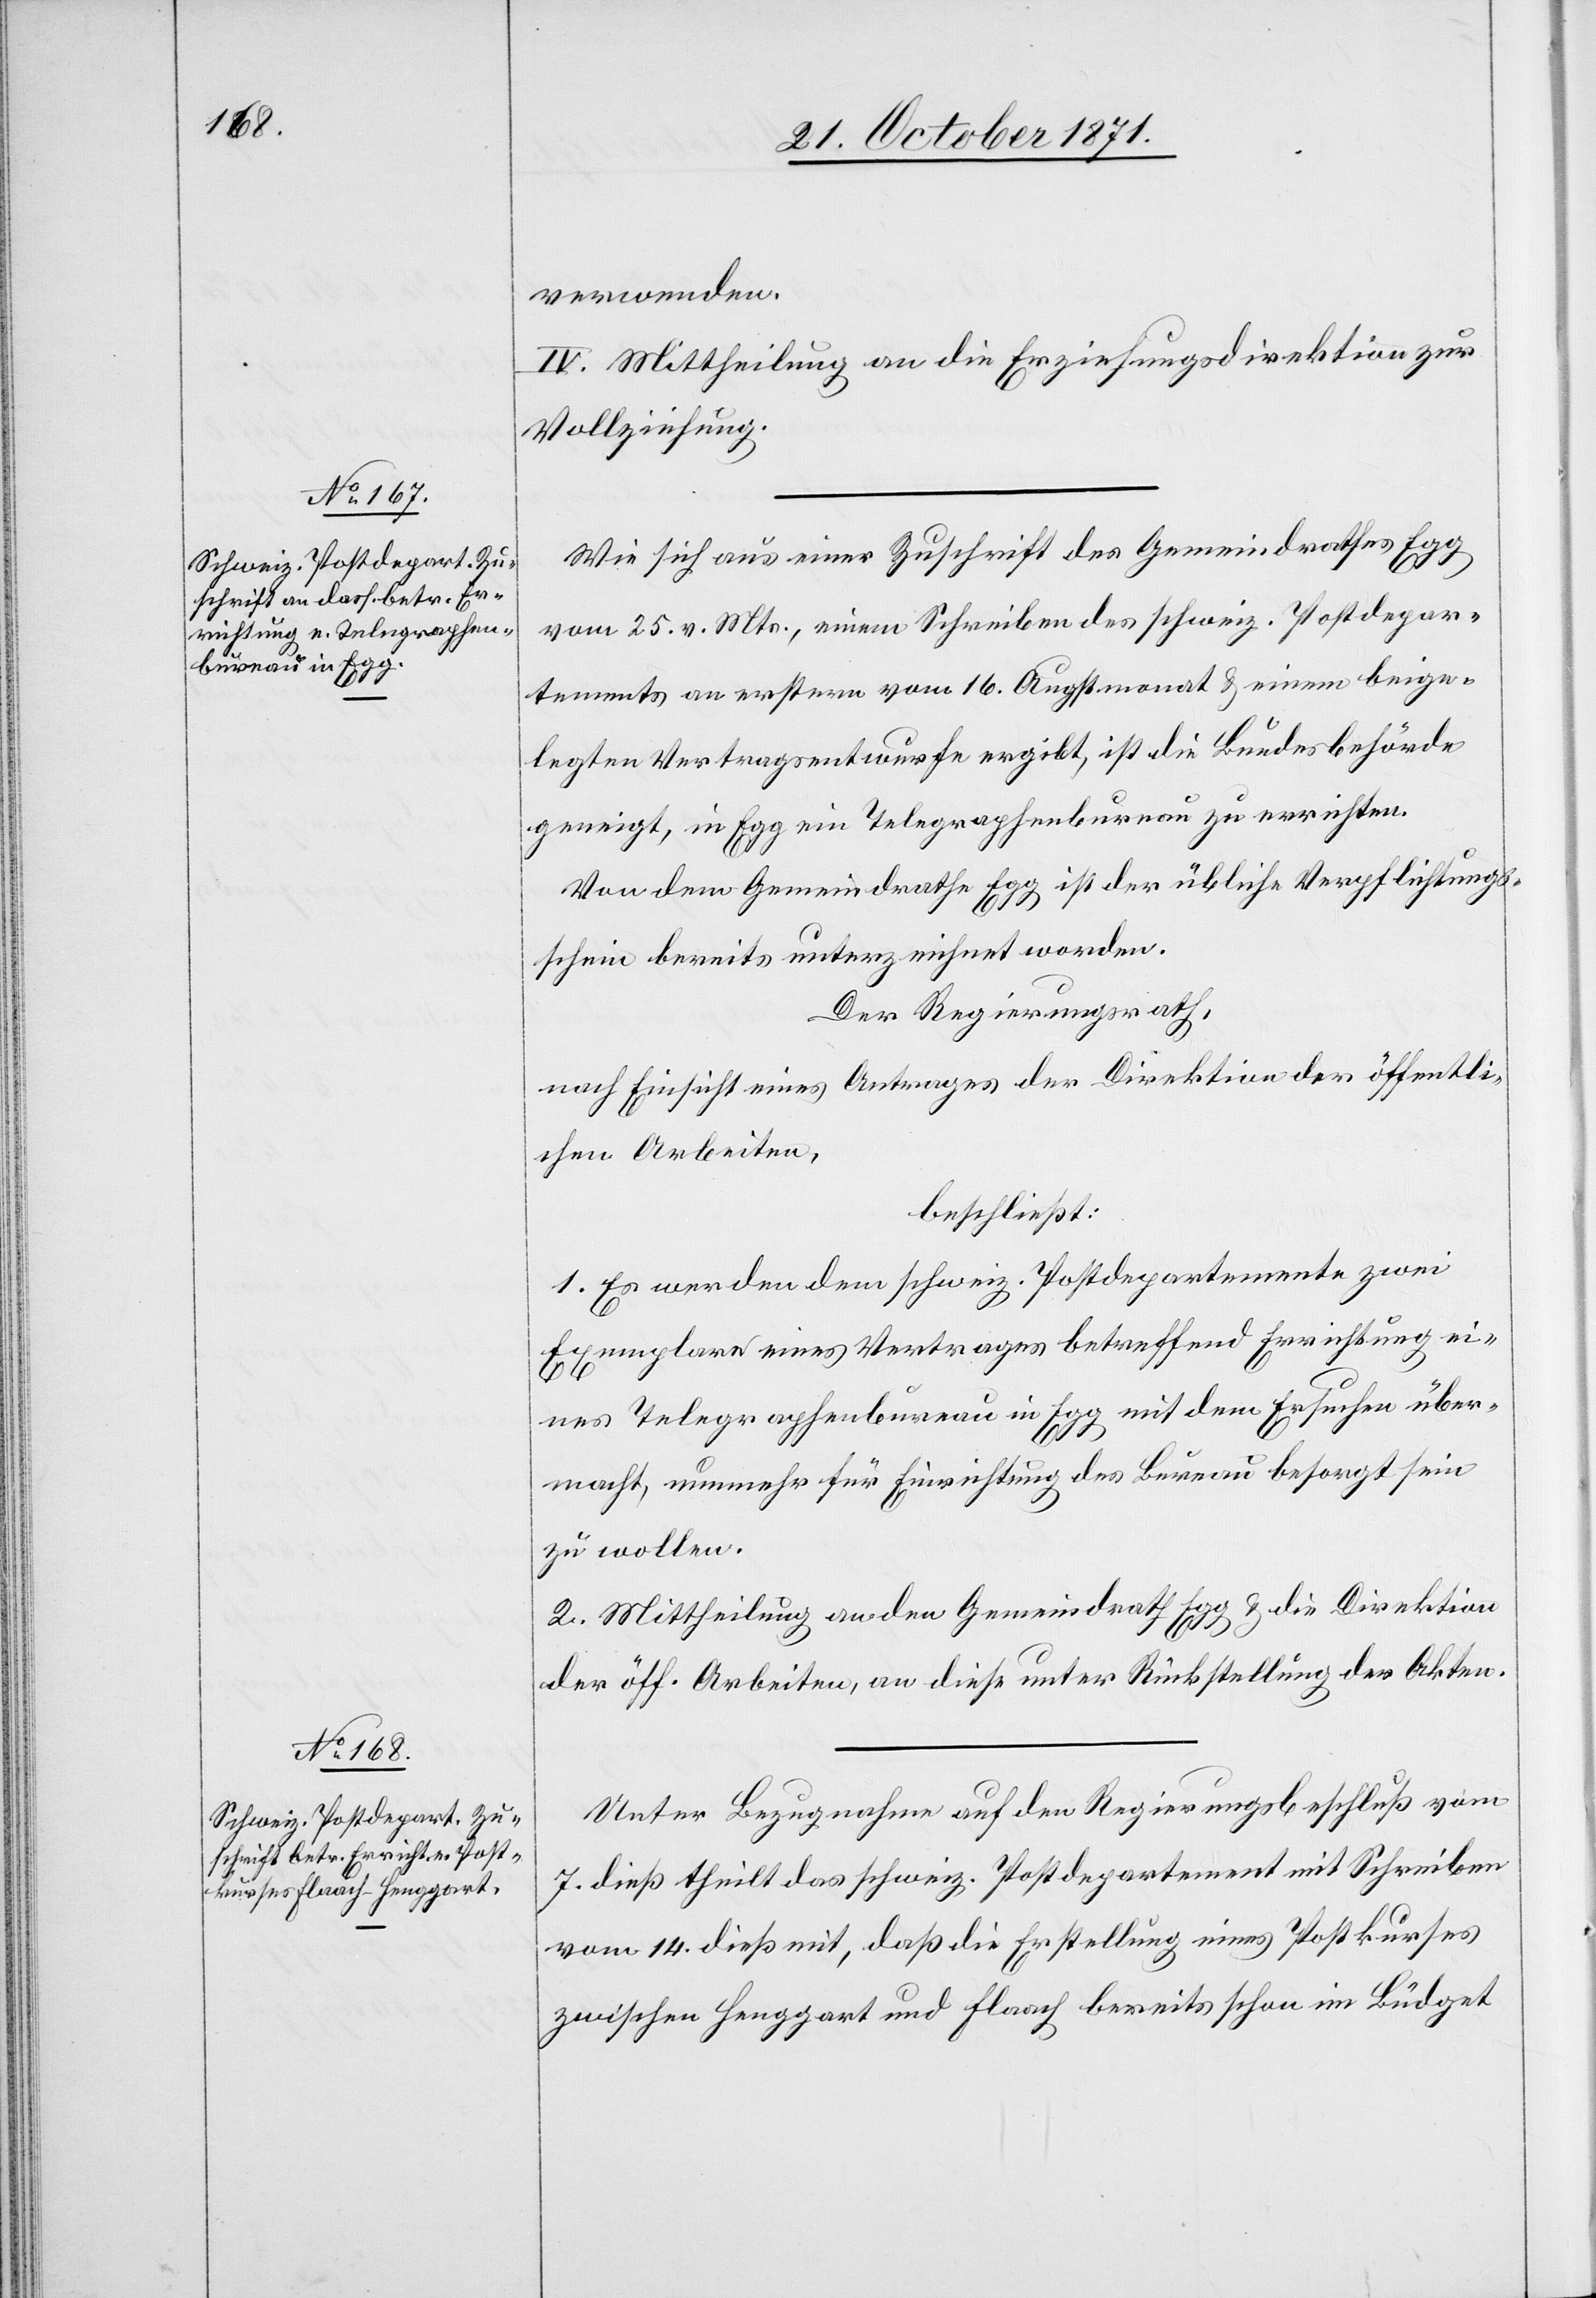
verwenden.
IV. Mittheilung an die Erziehungsdirektion zur
Vollziehung.
Wie sich aus einer Zuschrift des Gemeindrathes Egg
vom 25. v. Mts., einem Schreiben des schweiz. Postdepar¬
tements an erstern vom 16. Augstmonat & einem beige¬
legten Vertragsentwurfe ergibt, ist die Bundesbehörde
geneigt, in Egg ein Telegraphenbureau zu errichten.
Von dem Gemeindrathe Egg ist der übliche Verpflichtungs¬
schein bereits unterzeichnet worden.
Der Regierungsrath,
nach Einsicht eines Antrages der Direktion der öffentli¬
chen Arbeiten,
beschließt:
1. Es werden dem schweiz. Postdepartemente zwei
Exemplare eines Vertrages betreffend Errichtung ei¬
nes Telegraphenbureau in Egg mit dem Ersuchen über¬
macht, nunmehr für Einrichtung des Bureau besorgt sein
zu wollen.
2. Mittheilung an den Gemeindrath Egg & die Direktion
der öff. Arbeiten, an diese unter Rückstellung der Akten.
Unter Bezugnahme auf den Regierungsrathsbeschluß vom
7. dieß theilt das schweiz. Postdepartement mit Schreiben
vom 14. dieß mit, daß die Erstellung eines Postkurses
zwischen Henggart und Flaach bereits schon im Büdget